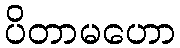
ပိတာမဟော